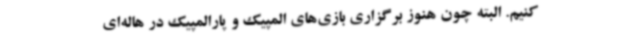
کنیم. البته چون هنوز برگزاری بازی‌های المپیک و پارالمپیک در هاله‌ای